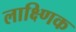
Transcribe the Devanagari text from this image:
लाक्ष्णिक